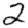
Digit: 2